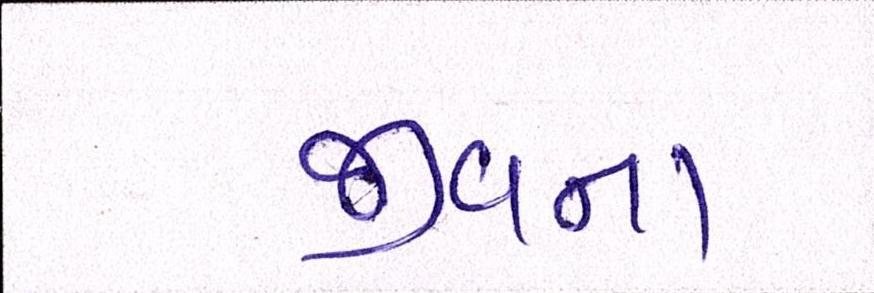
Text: જીવના